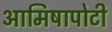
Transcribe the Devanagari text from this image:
आमिषापोटी